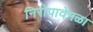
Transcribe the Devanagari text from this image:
निरोपावेगळा